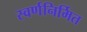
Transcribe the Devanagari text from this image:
स्वर्णनिर्मित